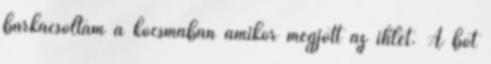
barkácsoltam a kocsmában amikor megjött az ihlet. A bot